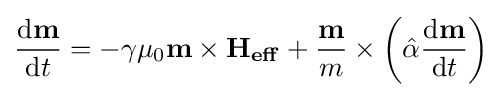
{\frac {\mathrm {d} \mathbf {m} }{\mathrm {d} t}}=-\gamma \mu _{0}\mathbf {m} \times \mathbf {H_{eff}} +{\frac {\mathbf {m} }{m}}\times \left({\hat {\alpha }}{\frac {\mathrm {d} \mathbf {m} }{\mathrm {d} t}}\right)